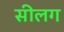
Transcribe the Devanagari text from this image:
सीलग